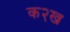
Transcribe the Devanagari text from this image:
क२ख